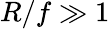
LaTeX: R/f\gg 1